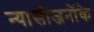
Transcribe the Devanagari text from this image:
न्यासीजनोंके